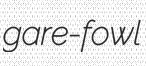
gare-fowl